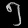
Digit: ၅